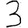
Digit: 3